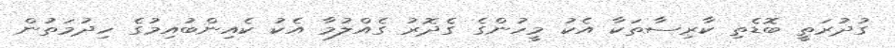
ގުދުރަތީ ބޮޑެތި ކާރިސާތަކާ އެކު މީހުންގެ ގެދޮރު ގެއްލުމާ އެކު ކެއިންބުއިމުގެ ހިދުމަތުން